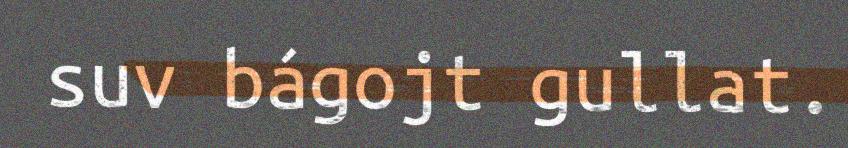
suv bágojt gullat.